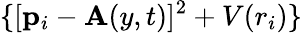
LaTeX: \{ [\mathbf{p}_{i}-\mathbf{A}(y,t)]^{2}+V(r_{i})\}